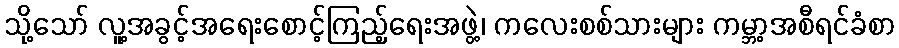
သို့သော် လူ့အခွင့်အရေးစောင့်ကြည့်ရေးအဖွဲ့၊ ကလေးစစ်သားများ ကမ္ဘာ့အစီရင်ခံစာ